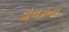
ડોવરના